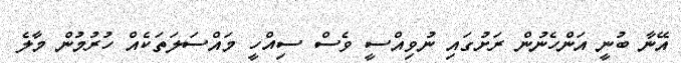
އޭނާ ބުނީ އަންހެނުން ރަށުގައި ނުވިއްސީ ވެސް ސިއްހީ މައްސަލަތަކެއް ހުރުމުން މާލެ